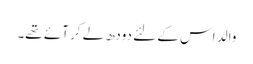
والد اس کے لئے دودھ لے کر آئے تھے۔